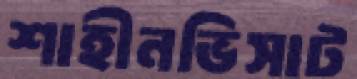
শাহীনভিসাট